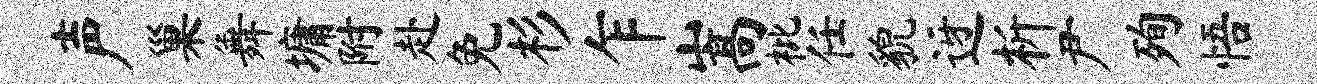
声巢舞墉附赴免杉乍嵩枇任貌迓析尹殉悟